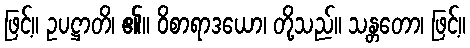
ဖြင့်။ ဥပဋ္ဌာတိ၊ ၏။ ဝိစာရာဒယော၊ တို့သည်။ သန္တတော၊ ဖြင့်။